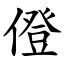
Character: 僜